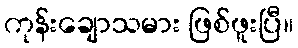
ကုန်းချောသမား ဖြစ်ဖူးပြီ။